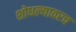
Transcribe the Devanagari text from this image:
शोधल्यावरच